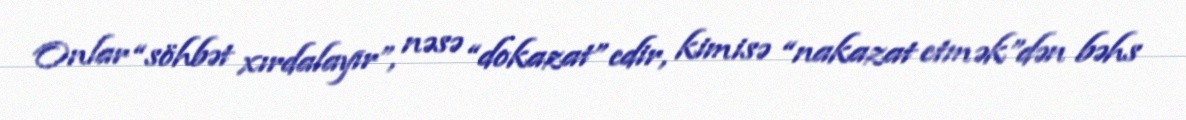
Onlar “söhbət xırdalayır”, nəsə “dokazat” edir, kimisə “nakazat etmək”dən bəhs